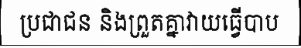
ប្រជាជន និងព្រួតគ្នាវាយធ្វើបាប